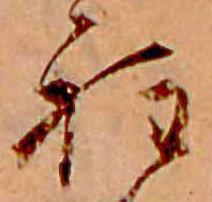
程